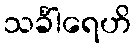
သင်္ခါရေဟိ